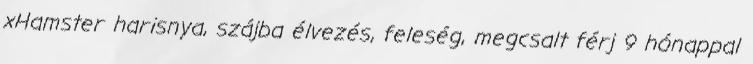
xHamster harisnya, szájba élvezés, feleség, megcsalt férj 9 hónappal